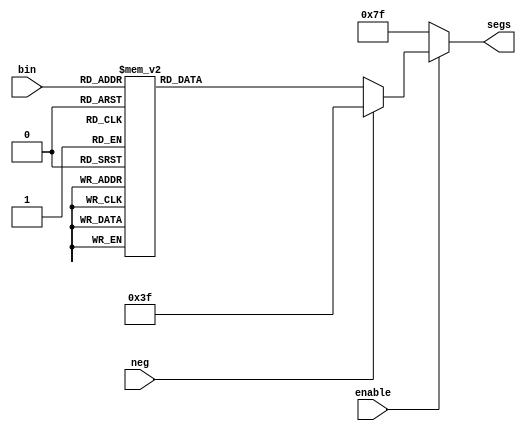
// Add more auxillary modules here...



// Display a Hexadecimal Digit, a Negative Sign, or a Blank, on a 7-segment Display
module SSeg(input [3:0] bin, input neg, input enable, output reg [6:0] segs);
	always @(*)
		if (enable) begin
			if (neg) segs = 7'b011_1111;
			else begin
				case (bin)
					0: segs = 7'b100_0000;
					1: segs = 7'b111_1001;
					2: segs = 7'b010_0100;
					3: segs = 7'b011_0000;
					4: segs = 7'b001_1001;
					5: segs = 7'b001_0010;
					6: segs = 7'b000_0010;
					7: segs = 7'b111_1000;
					8: segs = 7'b000_0000;
					9: segs = 7'b001_1000;
					10: segs = 7'b000_1000;
					11: segs = 7'b000_0011;
					12: segs = 7'b100_0110;
					13: segs = 7'b010_0001;
					14: segs = 7'b000_0110;
					15: segs = 7'b000_1110;
				endcase
			end
		end
		else segs = 7'b111_1111;
endmodule